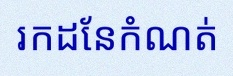
រកដែនកំណត់